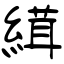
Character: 縙